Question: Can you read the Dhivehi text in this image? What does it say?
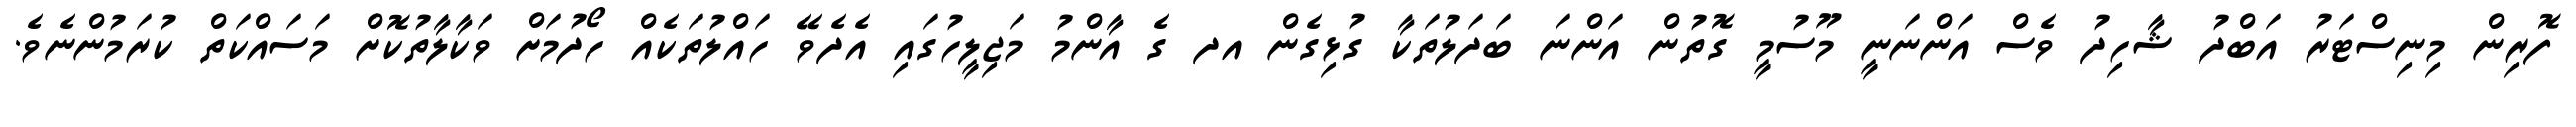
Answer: ފޮރިން މިނިސްޓަރު އަބްދު ޝާހިދު ވެސް އަންނަނީ މޫސުމީ ގޮތުން އަންނަ ބަދަލުތަކާ ގުޅިގެން އދ ގެ އާންމު މަޖިލީހުގައި އެދެވޭ ހައްލުތަކެއް ހޯދުމަށް ވަކާލާތުކޮށް މަސައްކަތް ކުރަމުންނެވެ.